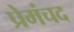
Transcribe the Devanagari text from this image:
प्रेमंचद